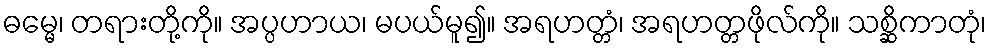
ဓမ္မေ၊ တရားတို့ကို။ အပ္ပဟာယ၊ မပယ်မူ၍။ အရဟတ္တံ၊ အရဟတ္တဖိုလ်ကို။ သစ္ဆိကာတုံ၊